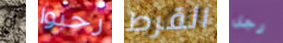
أو رحبوا القرط رجل